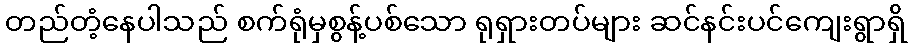
တည်တံ့နေပါသည် စက်ရုံမှစွန့်ပစ်သော ရုရှားတပ်များ ဆင်နင်းပင်ကျေးရွာရှိ